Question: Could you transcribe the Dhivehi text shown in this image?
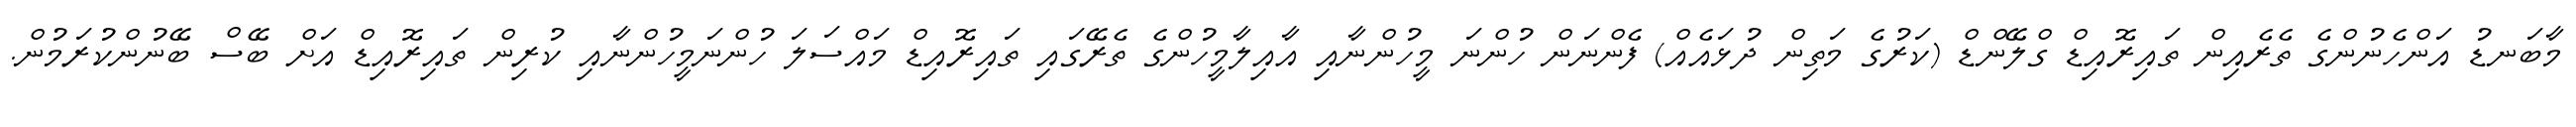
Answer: މާބަނޑު އަންހެނުންގެ ތެރެއިން ތައިރޮއިޑް ގްލޭންޑް (ކަރުގެ މަތިން ދުޅައެއް) ފެންނަން ހުންނަ މީހުންނާއި އާއިލާމީހުންގެ ތެރޭގައި ތައިރޮއިޑް މައްސަލަ ހުންނަމީހުންނާއި ކުރިން ތައިރޮއިޑް އަށް ބޭސް ބޭނުންކުރަމުން.